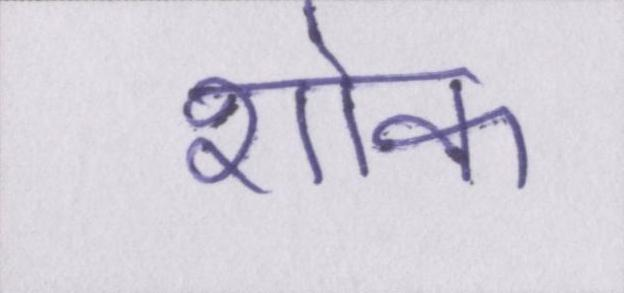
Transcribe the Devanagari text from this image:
शोक